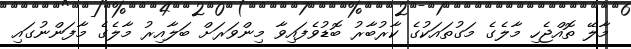
މާލޭ ތޮއްޖެހި މާލެގެ މަގުތައަކުގެ ކާރުބާރު ބޮޑުވެފައިވާ މިންވަރަށް ބަލާއިރު މާލެގެ މާފަންނުގައި